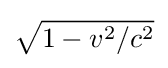
{\sqrt {1-v^{2}/c^{2}}}